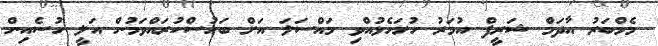
މެމްބަރު އާދަމް ޝަރީފް އުމަރު ހުށަހެޅުއްވި މައްސަލަ އަށް ބަހުސްކުރައްވަމުން އަލީ ހުސެއިން